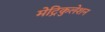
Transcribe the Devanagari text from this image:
मेट्रिकुलेशन